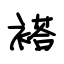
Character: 褡